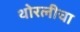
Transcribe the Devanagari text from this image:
थोरलीचा